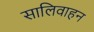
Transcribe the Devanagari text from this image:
सालिवाहन